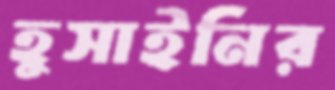
হুসাইনির